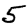
Digit: 5